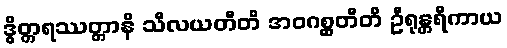
ဒွိတ္တရဿတ္တာနိ သီလယတီတိ အဝဂစ္ဆတီတိ ဦရုန္တရိကာယ